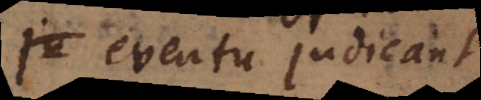
eventu judicant